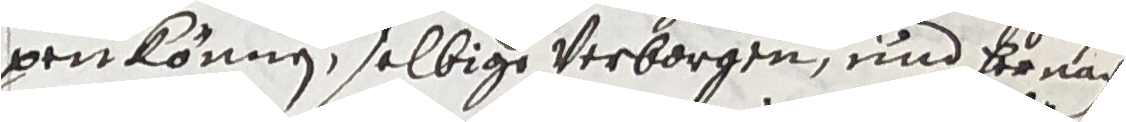
venkönnen, selbige verborgen und hernach